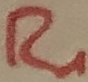
Text: R1